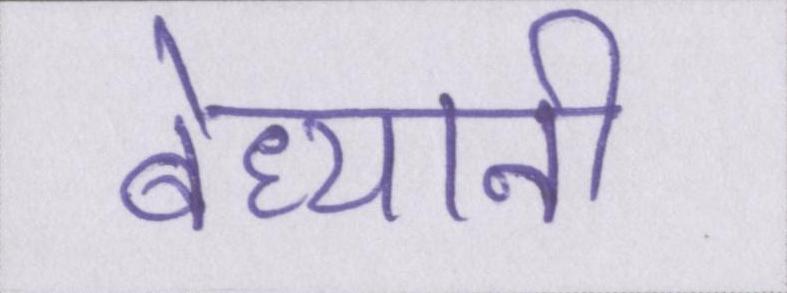
बेध्यानी